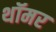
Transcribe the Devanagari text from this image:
थॉमर